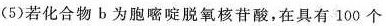
(5)若化合物b为胞嘧啶脱氧核苷酸，在具有100个